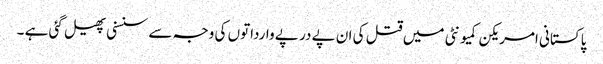
پاکستانی امریکن کمیونٹی میں قتل کی ان پے در پے وارداتوں کی وجہ سے سنسنی پھیل گئی ہے ۔